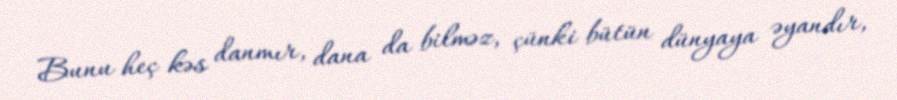
Bunu heç kəs danmır, dana da bilməz, çünki bütün dünyaya əyandır,